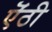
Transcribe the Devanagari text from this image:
ऎंठी